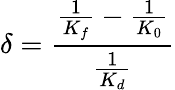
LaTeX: \delta=\frac{\frac{1}{K_{f}}-\frac{1}{K_{0}}}{\frac{1}{K_{d}}}